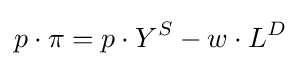
p\cdot \pi =p\cdot Y^{S}-w\cdot L^{D}